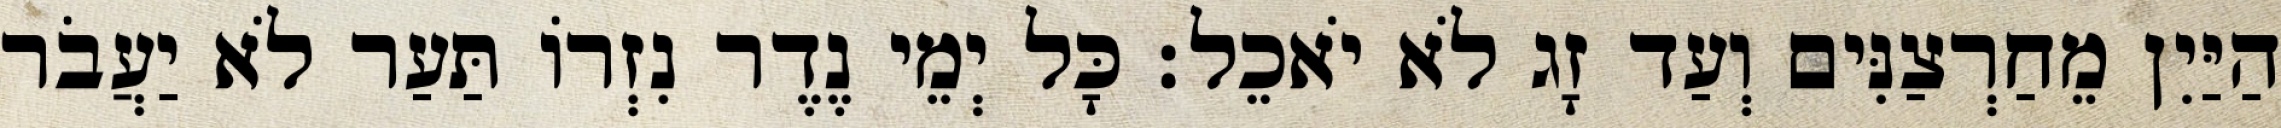
הַיַּיִן מֵחַרְצַנִּים וְעַד זָג לֹא יֹאכֵל׃ כָּל יְמֵי נֶדֶר נִזְרוֹ תַּעַר לֹא יַעֲבֹר